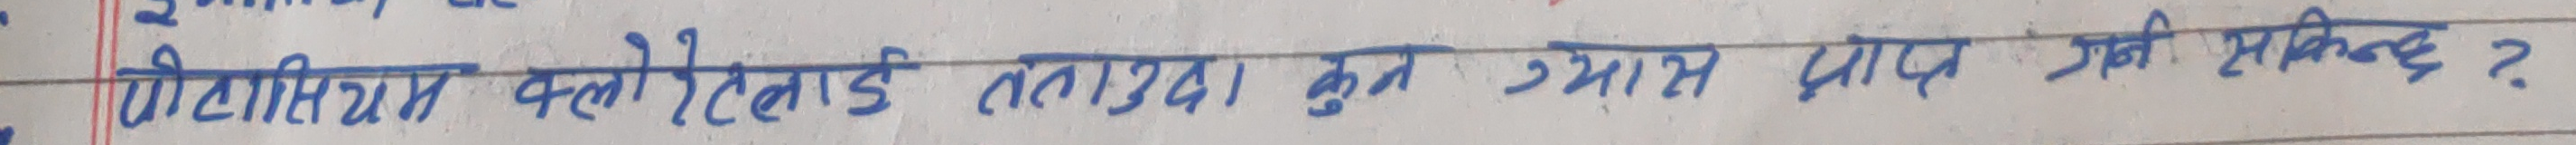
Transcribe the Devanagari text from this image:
पोटेशियम क्लोरेटमा तल कुन ग्याँस प्राप्त गर्न सकिन्छ ?